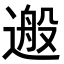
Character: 𨕴